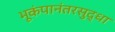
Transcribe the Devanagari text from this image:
भूकंपानंतरसुद्धा